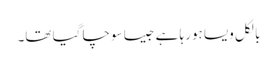
بالکل ویسا ہورہا ہے جیسا سوچا گیا تھا۔